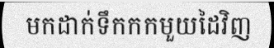
មកដាក់ទឹកកកមួយដៃវិញ